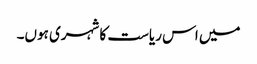
میں اس ریاست کا شہری ہوں۔